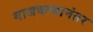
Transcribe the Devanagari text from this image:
गाजवल्यानंतर